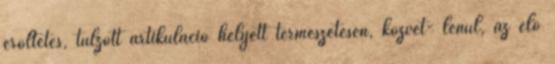
erőltetés, túlzott artikuláció helyett természetesen, közvet- lenül, az élő